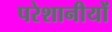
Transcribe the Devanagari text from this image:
परेशानीयों